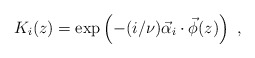
\begin{align*}K_i(z)=\exp\left(-(i/\nu)\vec{\alpha}_i\cdot\vec{\phi}(z)\right)~,\end{align*}